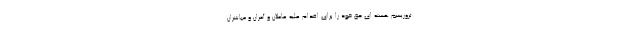
تروریسم هسته ای حق خود را برای اقدام علیه عاملان و آمران و مباشران